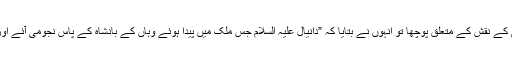
حضرت ابو موسیٰ اشعری نے اس علاقے کے علماء سے اس انگوٹھی کے نقش کے متعلق پوچھا تو انہوں نے بتایا کہ ”دانیال علیہ السلام جس ملک میں پیدا ہوئے وہاں کے بادشاہ کے پاس نجومی آئے اور کہا کہ ایک بچہ پیدا ہوگا جو تیری بادشاہت کو تباہ وبرباد کردے گا۔